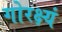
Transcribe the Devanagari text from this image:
गोरक्ष्यं